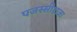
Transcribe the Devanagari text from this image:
पजस्सीराजा